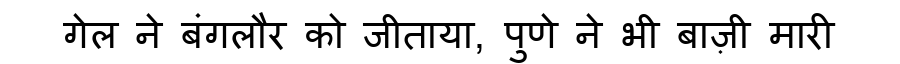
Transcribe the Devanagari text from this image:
गेल ने बंगलौर को जीताया, पुणे ने भी बाज़ी मारी